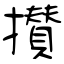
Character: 攅